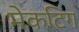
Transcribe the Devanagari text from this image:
मेकटिग